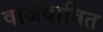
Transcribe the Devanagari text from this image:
वाजवावित